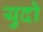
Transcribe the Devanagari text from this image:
युदो